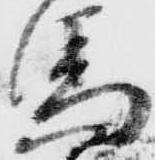
馬